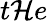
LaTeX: t\mathcal{H}e